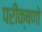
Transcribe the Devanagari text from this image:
परीक्षणो